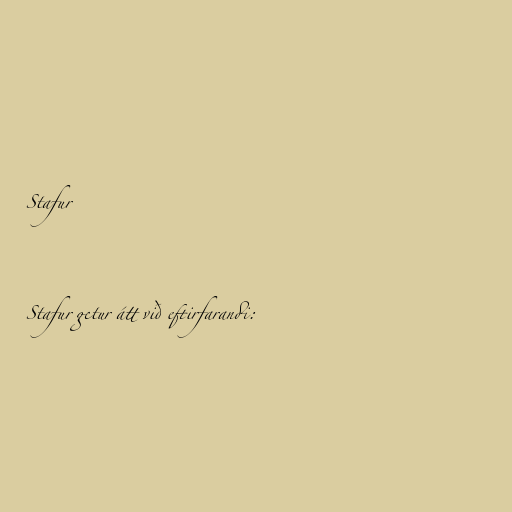
Stafur

Stafur getur átt við eftirfarandi: